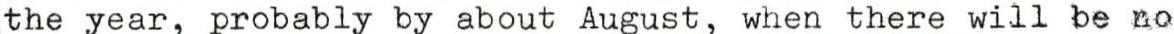
the year, probably by about August, when there will be no